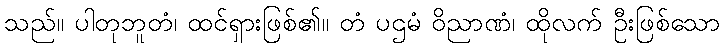
သည်။ ပါတုဘူတံ၊ ထင်ရှားဖြစ်၏။ တံ ပဌမံ ဝိညာဏံ၊ ထိုလက် ဦးဖြစ်သော